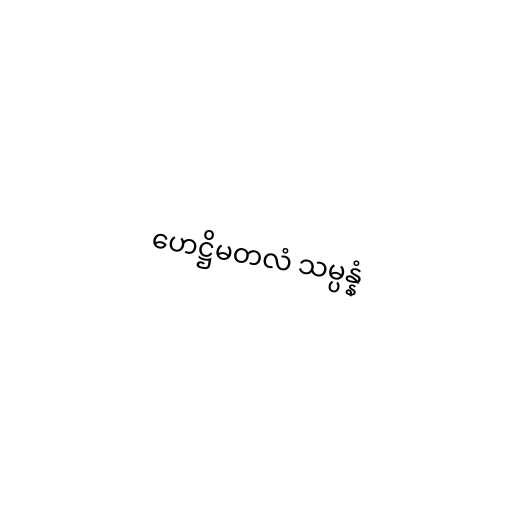
ဟေဋ္ဌိမတလံ သမ္ပန္နံ